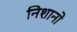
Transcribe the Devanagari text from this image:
निशानो